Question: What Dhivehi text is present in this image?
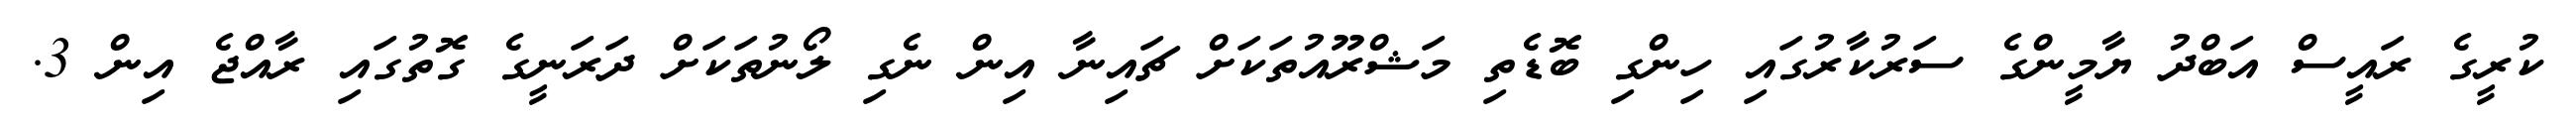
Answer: ކުރީގެ ރައީސް އަބްދު ޔާމީންގެ ސަރުކާރުގައި ހިންގި ބޮޑެތި މަޝްރޫއުތަކަށް ޗައިނާ އިން ނެގި ލޯނުތަކަށް ދަރަނީގެ ގޮތުގައި ރާއްޖެ އިން 3.